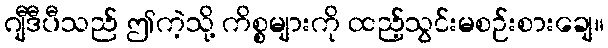
ဂျီဒီပီသည် ဤကဲ့သို့ ကိစ္စများကို ထည့်သွင်းမစဉ်းစားချေ။